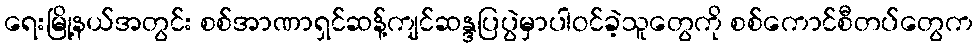
ရေးမြို့နယ်အတွင်း စစ်အာဏာရှင်ဆန့်ကျင်ဆန္ဒပြပွဲမှာပါဝင်ခဲ့သူတွေကို စစ်ကောင်စီတပ်တွေက